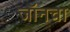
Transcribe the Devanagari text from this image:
जॉनचा